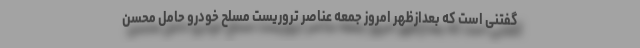
گفتنی است که بعدازظهر امروز جمعه عناصر تروریست مسلح خودرو حامل محسن